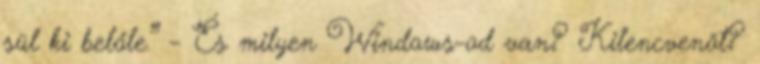
sül ki belőle.” – És milyen Windows-od van? Kilencvenöt?